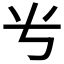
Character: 𬺸